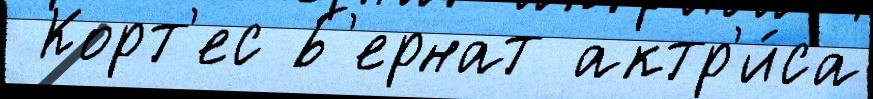
 Корт'ес Б'ернат актр'и́са